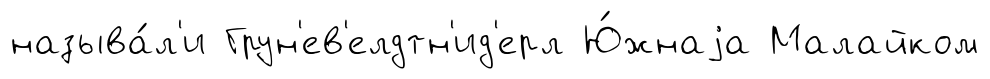
называ́л'и Грун'ев'елдтн'ид'ерл Ю́жнаjа Малайком